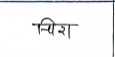
मजकूर: चिरा